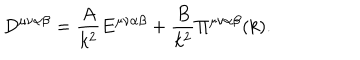
D ^ { \mu \nu \alpha \beta } = \frac { A } { k ^ { 2 } } E ^ { \mu \nu \alpha \beta } + \frac { B } { k ^ { 2 } } \Pi ^ { \mu \nu \alpha \beta } ( k ) .